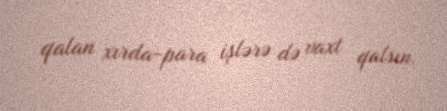
qalan xırda-para işlərə də vaxt qalsın.